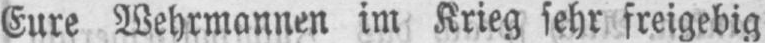
Eure Wehrmannen im Krieg sehr freigebig